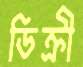
ডিক্রী